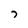
Character: 7